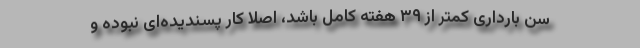
سن بارداری کمتر از ۳۹ هفته کامل باشد، اصلا کار پسندیده‌ای نبوده و